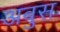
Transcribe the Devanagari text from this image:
अबुस